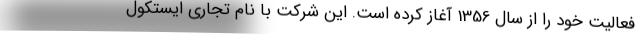
فعالیت خود را از سال 1356 آغاز کرده است. این شرکت با نام تجاری ایستکول